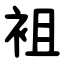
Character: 袓